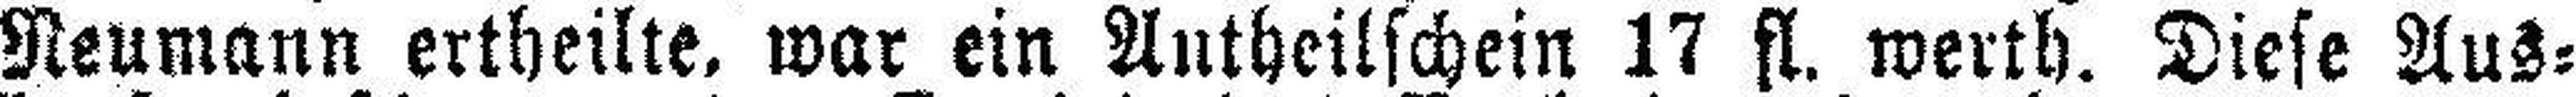
Neumann ertheilte, war ein Antheilschein 17 fl. werth. Diese Aus¬